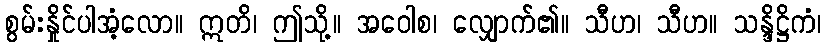
စွမ်းနှိုင်ပါအံ့လော။ ဣတိ၊ ဤသို့။ အဝေါစ၊ လျှောက်၏။ သီဟ၊ သီဟ။ သန္ဒိဋ္ဌိကံ၊